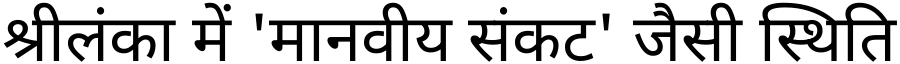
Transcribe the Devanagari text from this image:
श्रीलंका में 'मानवीय संकट' जैसी स्थिति